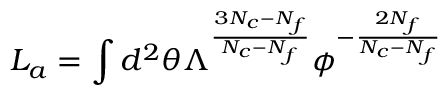
L _ { a } = \int d ^ { 2 } \theta \Lambda ^ { \frac { 3 N _ { c } - N _ { f } } { N _ { c } - N _ { f } } } \phi ^ { - \frac { 2 N _ { f } } { N _ { c } - N _ { f } } }